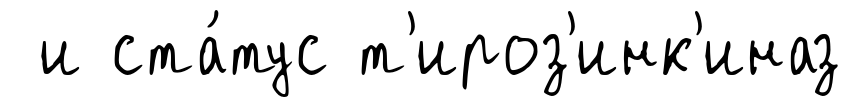
и ста́тус т'ироз'инк'иназ